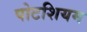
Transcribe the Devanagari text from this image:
पोटशियम